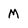
Character: M